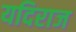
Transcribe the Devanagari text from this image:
यदिराज